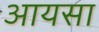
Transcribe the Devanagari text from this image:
आयसा